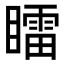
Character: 𥋸